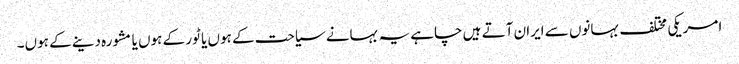
امریکی مختلف بہانوں سے ایران آتے ہیں چاہے یہ بہانے سیاحت کے ہوں یا ٹور کے ہوں یا مشورہ دینے کے ہوں۔